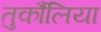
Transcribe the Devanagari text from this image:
तुर्कौलिया